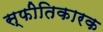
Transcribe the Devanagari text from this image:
स्फीतिकारक